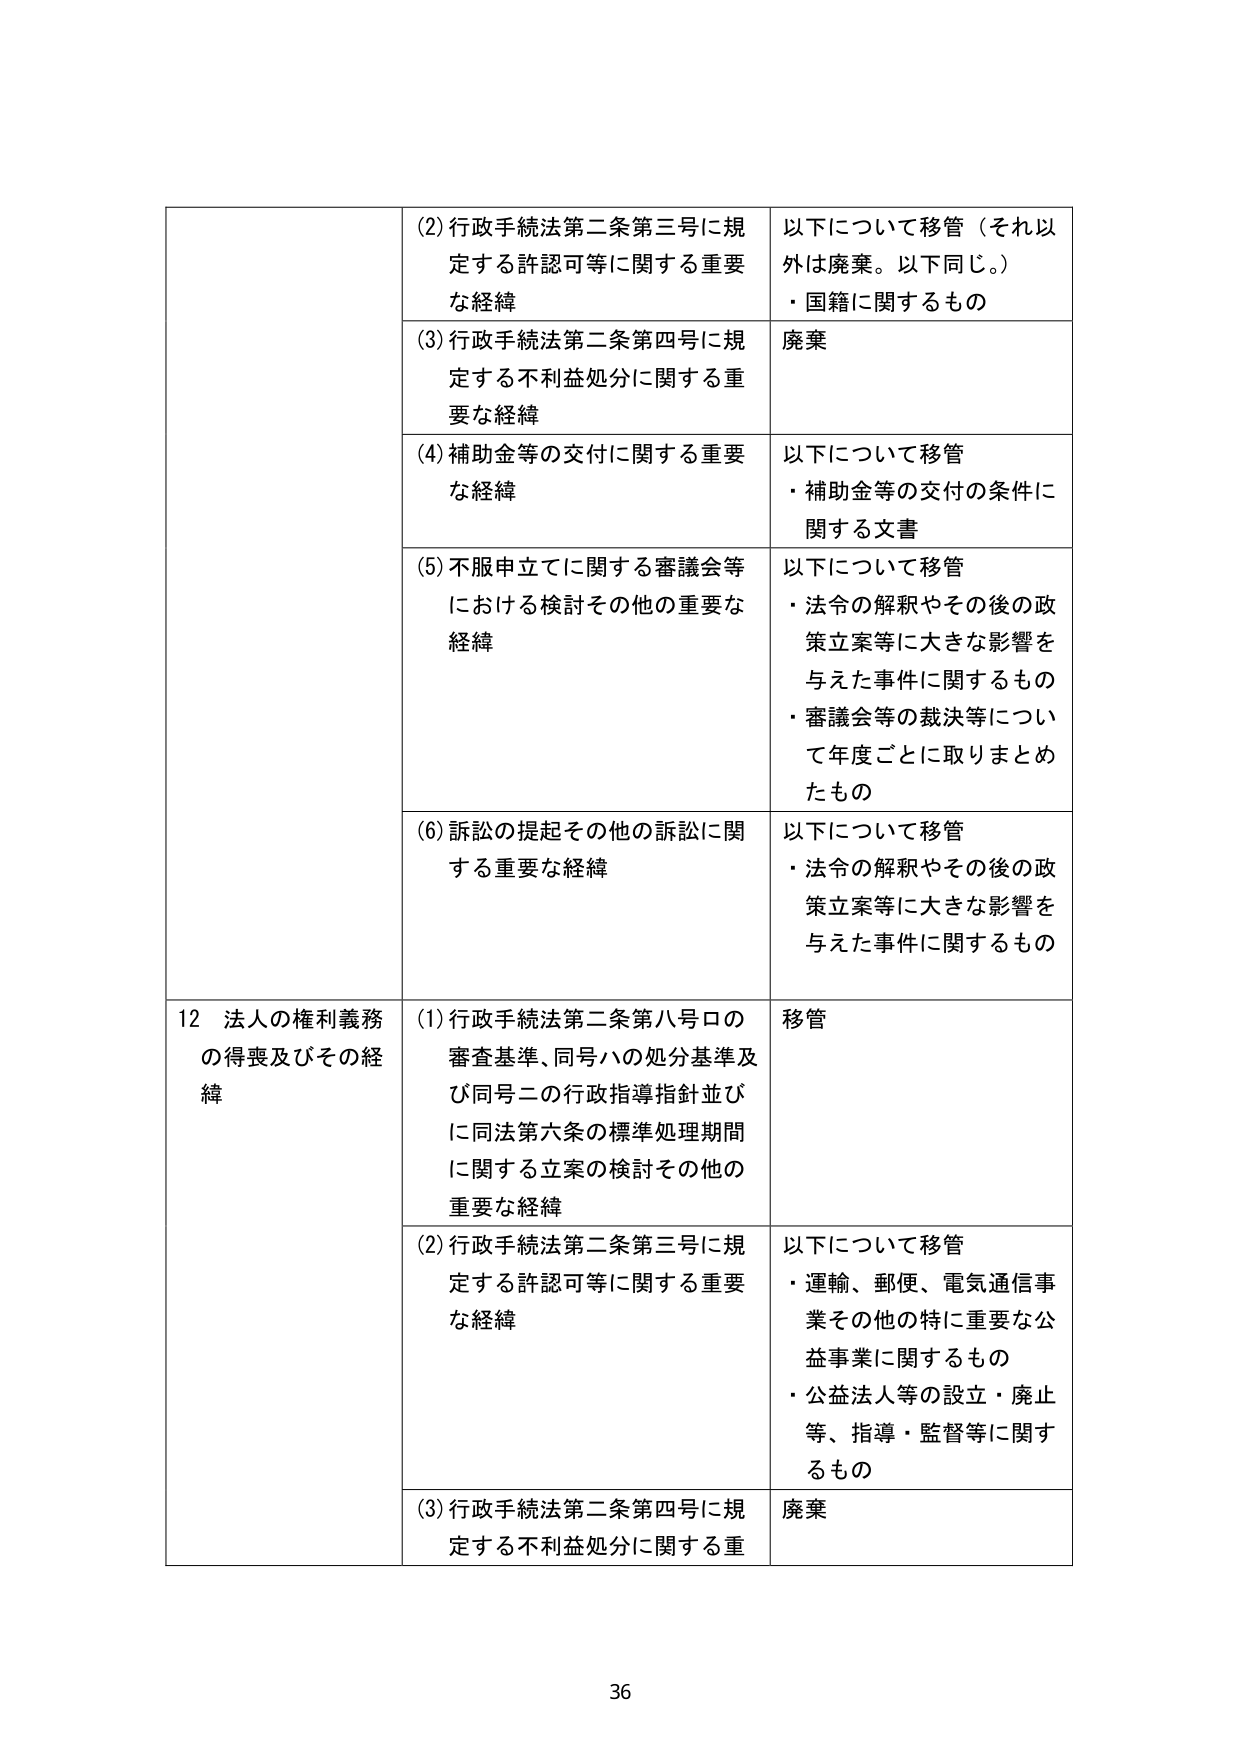
(2) 行政手続法第二条第三号に規定する許認可等に関する重要な経緯
以下について移管（それ以外は廃棄。以下同じ。）
・国籍に関するもの

(3) 行政手続法第二条第四号に規定する不利益処分に関する重要な経緯
廃棄

(4) 補助金等の交付に関する重要な経緯
以下について移管
・補助金等の交付の条件に関する文書

(5) 不服申立てに関する審議会等における検討その他の重要な経緯
以下について移管
・法令の解釈やその後の政策立案等に大きな影響を与えた事件に関するもの
・審議会等の裁決等について年度ごとに取りまとめたもの

(6) 訴訟の提起その他の訴訟に関する重要な経緯
以下について移管
・法令の解釈やその後の政策立案等に大きな影響を与えた事件に関するもの

12 法人の権利義務の得喪及びその経緯
(1) 行政手続法第二条第八号ロの審査基準、同号ハの処分基準及び同号ニの行政指導指針並びに同法第六条の標準処理期間に関する立案の検討その他の重要な経緯
移管

(2) 行政手続法第二条第三号に規定する許認可等に関する重要な経緯
以下について移管
・運輸、郵便、電気通信事業その他の特に重要な公益事業に関するもの
・公益法人等の設立・廃止等、指導・監督等に関するもの

(3) 行政手続法第二条第四号に規定する不利益処分に関する重
廃棄

36